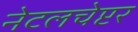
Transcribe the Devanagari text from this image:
नेटलचेप्टर